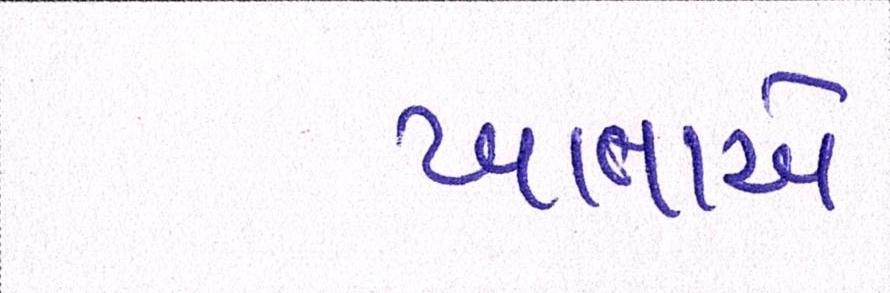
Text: ખાતાએ